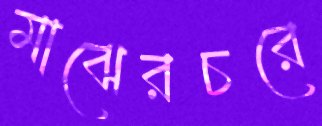
মাঝেরচরে